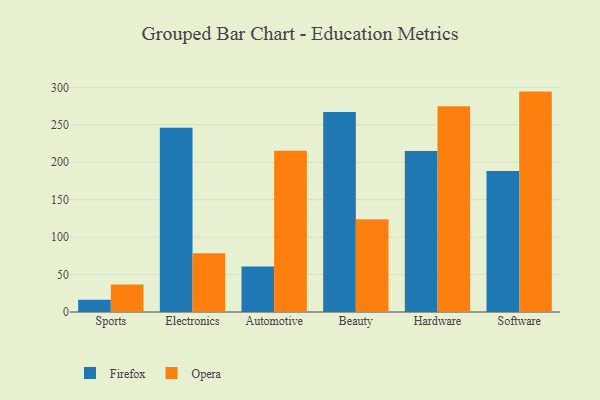
{"axis": {"x": "Category", "y": "Shipments"}, "legend": ["Firefox", "Opera"], "data": [{"x": "Sports", "y": 16.2, "type": "Firefox"}, {"x": "Sports", "y": 36.6, "type": "Opera"}, {"x": "Electronics", "y": 246.0, "type": "Firefox"}, {"x": "Electronics", "y": 78.6, "type": "Opera"}, {"x": "Automotive", "y": 60.6, "type": "Firefox"}, {"x": "Automotive", "y": 215.3, "type": "Opera"}, {"x": "Beauty", "y": 267.1, "type": "Firefox"}, {"x": "Beauty", "y": 123.8, "type": "Opera"}, {"x": "Hardware", "y": 215.1, "type": "Firefox"}, {"x": "Hardware", "y": 274.8, "type": "Opera"}, {"x": "Software", "y": 188.4, "type": "Firefox"}, {"x": "Software", "y": 294.3, "type": "Opera"}]}